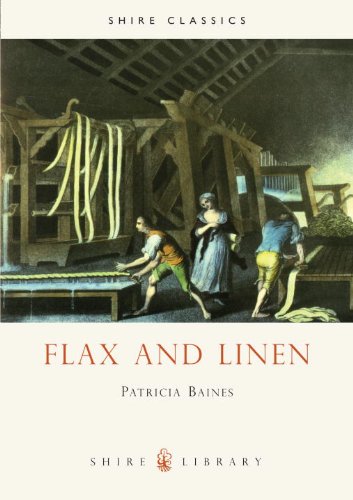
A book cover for Flax and Linen (Shire Library); Patricia Baines; Crafts, Hobbies & Home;